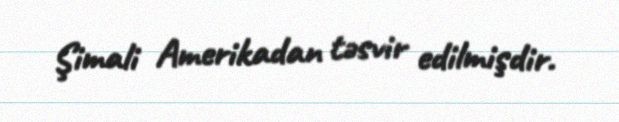
Şimali Amerikadan təsvir edilmişdir.